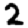
Digit: 2